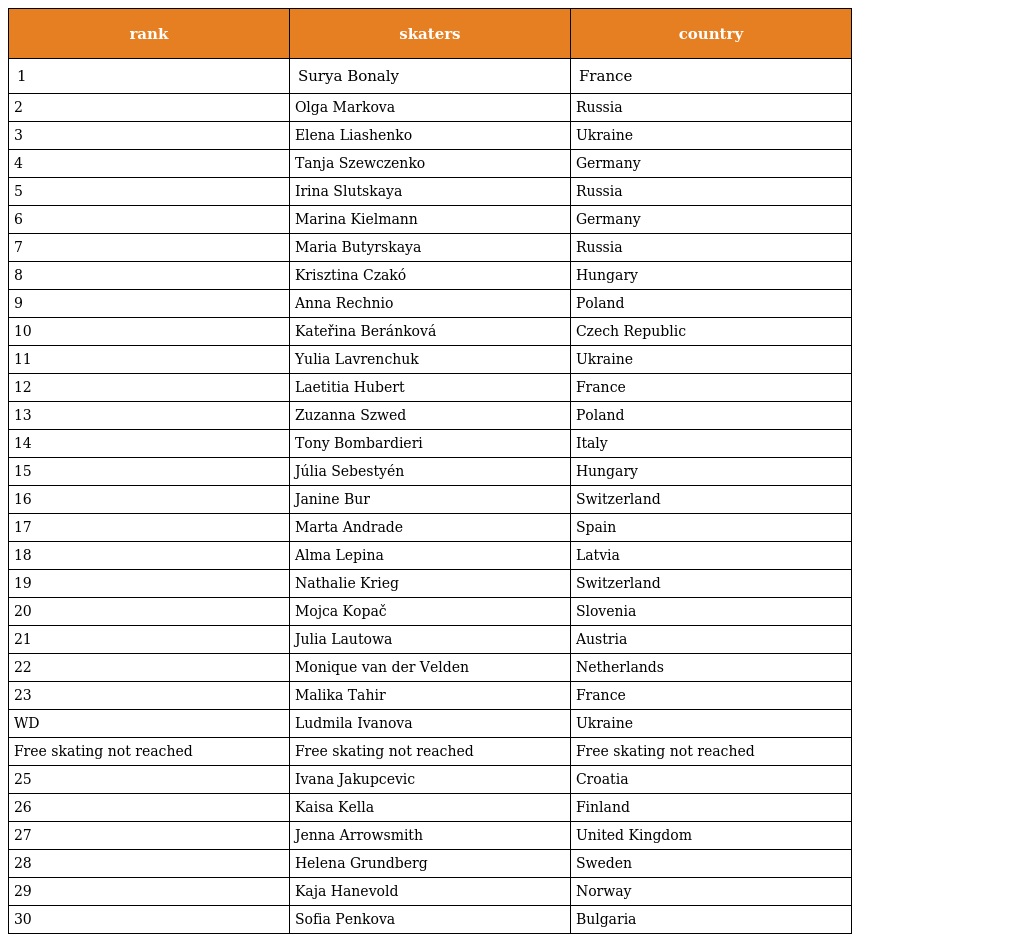
| rank | skaters | country |
 | --- | --- | --- |
 | 1 | Surya Bonaly | France |
 | 2 | Olga Markova | Russia |
 | 3 | Elena Liashenko | Ukraine |
 | 4 | Tanja Szewczenko | Germany |
 | 5 | Irina Slutskaya | Russia |
 | 6 | Marina Kielmann | Germany |
 | 7 | Maria Butyrskaya | Russia |
 | 8 | Krisztina Czakó | Hungary |
 | 9 | Anna Rechnio | Poland |
 | 10 | Kateřina Beránková | Czech Republic |
 | 11 | Yulia Lavrenchuk | Ukraine |
 | 12 | Laetitia Hubert | France |
 | 13 | Zuzanna Szwed | Poland |
 | 14 | Tony Bombardieri | Italy |
 | 15 | Júlia Sebestyén | Hungary |
 | 16 | Janine Bur | Switzerland |
 | 17 | Marta Andrade | Spain |
 | 18 | Alma Lepina | Latvia |
 | 19 | Nathalie Krieg | Switzerland |
 | 20 | Mojca Kopač | Slovenia |
 | 21 | Julia Lautowa | Austria |
 | 22 | Monique van der Velden | Netherlands |
 | 23 | Malika Tahir | France |
 | WD | Ludmila Ivanova | Ukraine |
 | Free skating not reached | Free skating not reached | Free skating not reached |
 | 25 | Ivana Jakupcevic | Croatia |
 | 26 | Kaisa Kella | Finland |
 | 27 | Jenna Arrowsmith | United Kingdom |
 | 28 | Helena Grundberg | Sweden |
 | 29 | Kaja Hanevold | Norway |
 | 30 | Sofia Penkova | Bulgaria |